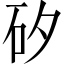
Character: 矽